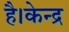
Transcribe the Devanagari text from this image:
है।केन्द्र